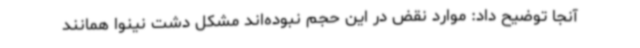
آنجا توضیح داد: موارد نقض در این حجم نبوده‌اند مشکل دشت نینوا همانند